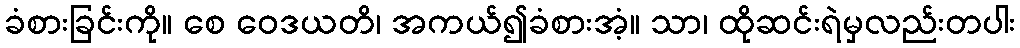
ခံစားခြင်းကို။ စေ ဝေဒယတိ၊ အကယ်၍ခံစားအံ့။ သာ၊ ထိုဆင်းရဲမှလည်းတပါး